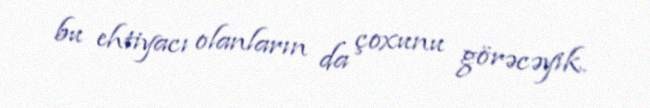
bu ehtiyacı olanların da çoxunu görəcəyik.